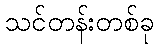
သင်တန်းတစ်ခု